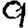
Digit: 9